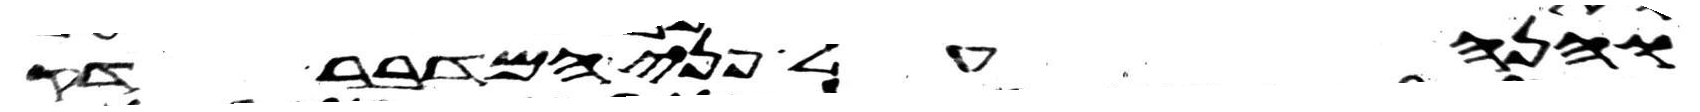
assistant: והנה על פני המדבר דק